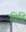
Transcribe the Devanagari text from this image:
पिडि